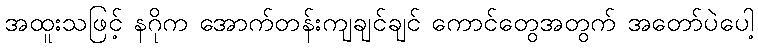
အထူးသဖြင့် နဂိုက အောက်တန်းကျချင်ချင် ကောင်တွေအတွက် အတော်ပဲပေါ့